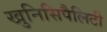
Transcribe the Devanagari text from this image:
खुनिसिपैलिटी